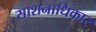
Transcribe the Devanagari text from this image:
साशनाधिकार